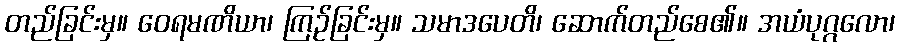
တည်ခြင်းမှ။ ဝေရမဏိယာ၊ ကြဉ်ခြင်းမှ။ သမာဒပေတိ၊ ဆောက်တည်စေ၏။ အယံပုဂ္ဂလော၊